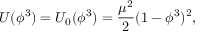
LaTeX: U ( \phi ^ { 3 } ) = U _ { 0 } ( \phi ^ { 3 } ) = \frac { \mu ^ { 2 } } { 2 } ( 1 - \phi ^ { 3 } ) ^ { 2 } ,